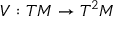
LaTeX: V : T M \rightarrow T ^ { 2 } M